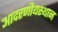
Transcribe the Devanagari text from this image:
आदरणीयस्थान